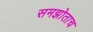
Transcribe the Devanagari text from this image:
समझोताच